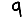
Digit: 9